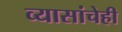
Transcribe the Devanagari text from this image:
व्यासांचेही